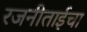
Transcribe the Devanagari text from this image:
रजनीताईचा